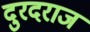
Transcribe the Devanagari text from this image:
दुरदराज